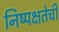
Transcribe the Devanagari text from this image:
निष्‍पक्षतेची